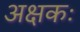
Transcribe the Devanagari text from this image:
अक्षकः